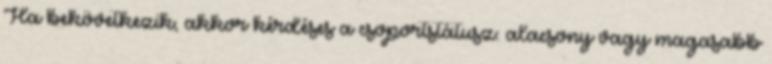
Ha bekövetkezik, akkor kérdéses a csoportstátusz: alacsony vagy magasabb